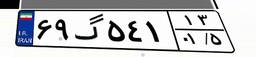
۶۹گ۵۴۱۱۳